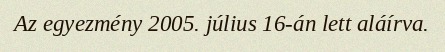
Az egyezmény 2005. július 16-án lett aláírva.